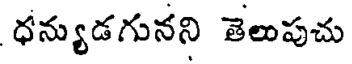
ధన్యుడగునని తెలుపుచు